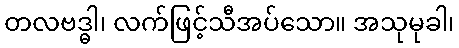
တလဗဒ္ဓါ၊ လက်ဖြင့်သီအပ်သော။ အသုမုခါ၊